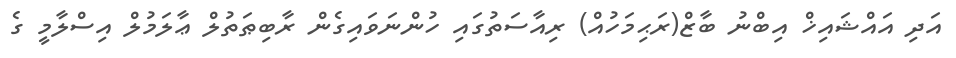
އަދި އައްޝައިޚް އިބްނު ބާޒް(ރަޙިމަހުއް) ރިއާސަތުގައި ހުންނަވައިގެން ރާބިޠަތުލް ޢާލަމުލް އިސްލާމީ ގެ